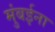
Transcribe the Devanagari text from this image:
मुंबईना